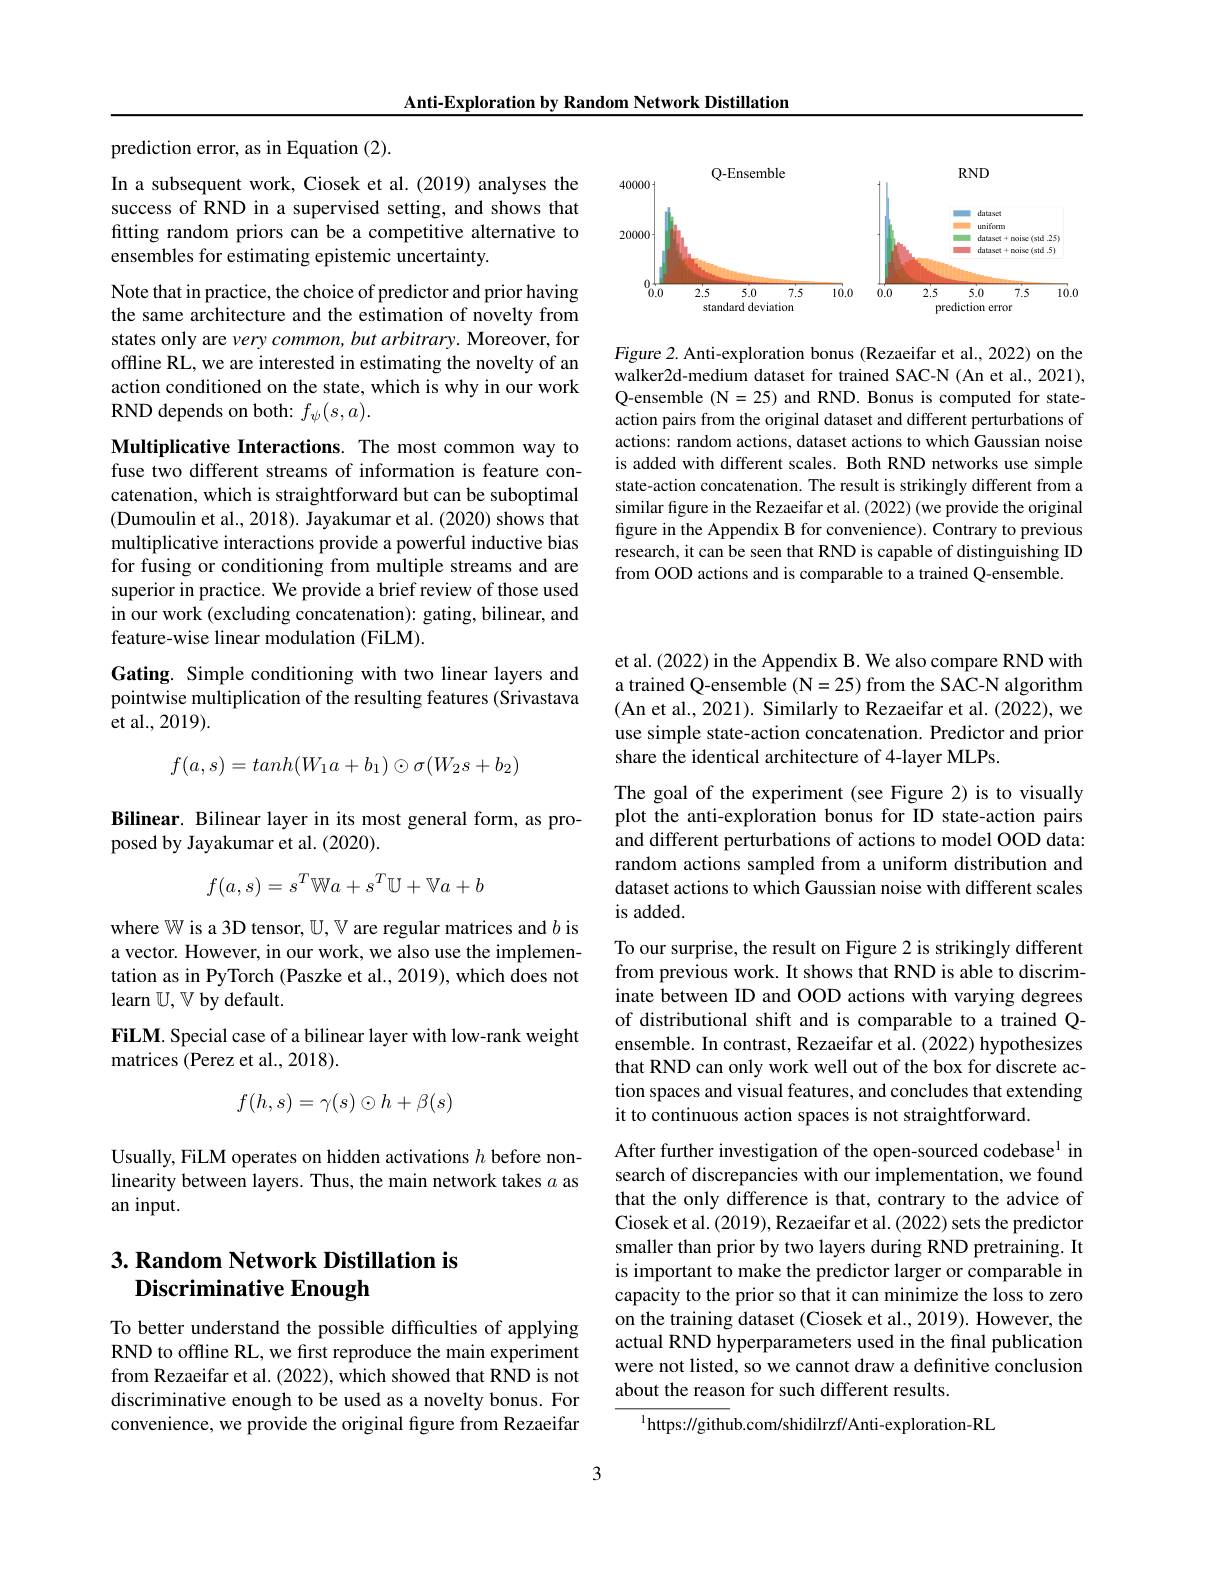
Anti-Exploration by Random Network Distillation

<FigureHere>

Figure 2. Anti-exploration bonus (Rezaeifar et al., 2022) on the walker2d-medium dataset for trained SAC-N (An et al., 2021), Q-ensemble (N=25) and RND. Bonus is computed for stateaction pairs from the original dataset and different perturbations of actions: random actions, dataset actions to which Gaussian noise is added with different scales. Both RND networks use simple state-action concatenation. The result is strikingly different from a similar figure in the Rezaeifar et al. (2022) (we provide the original figure in the Appendix B for convenience). Contrary to previous research, it can be seen that RND is capable of distinguishing ID from OOD actions and is comparable to a trained Q-ensemble.

prediction error, as in Equation (2).

In a subsequent work, Ciosek et al. (2019) analyses the success of RND in a supervised setting, and shows that fitting random priors can be a competitive alternative to ensembles for estimating epistemic uncertainty.

Note that in practice, the choice of predictor and prior having the same architecture and the estimation of novelty from states only are very common, but arbitrary. Moreover, for offline RL, we are interested in estimating the novelty of an action conditioned on the state, which is why in our work RND depends on both: $f_\psi(s,a).$

Multiplicative Interactions. The most common way to fuse two different streams of information is feature concatenation, which is straightforward but can be suboptimal (Dumoulin et al., 2018). Jayakumar et al. (2020) shows that multiplicative interactions provide a powerful inductive bias for fusing or conditioning from multiple streams and are superior in practice. We provide a brief review of those used in our work (excluding concatenation): gating, bilinear, and feature-wise linear modulation (FiLM).

## Gating. Simple conditioning with two linear layers and pointwise multiplication of the resulting features (Srivastava et al., 2019).
$$f(a,s)=tanh(W_1a+b_1)\odot\sigma(W_2s+b_2)$$
Bilinear. Bilinear layer in its most general form, as pro-
posed by Jayakumar et al. (2020).
$$f(a,s)=s^T\mathbb{W}a+s^T\mathbb{U}+\mathbb{V}a+b$$
where W is a 3D tensor, U, V are regular matrices and $b$ is a vector. However, in our work, we also use the implementation as in PyTorch (Paszke et al., 2019), which does not learn $\mathbb{U},\mathbb{V}$ by default.
FiLM. Special case of a bilinear layer with low-rank weight
matrices (Perez et al., 2018).
$$f(h,s)=\gamma(s)\odot h+\beta(s)$$
Usually, FiLM operates on hidden activations $h$ before nonlinearity between layers. Thus, the main network takes $a$ as an input.

## 3. Random Network Distillation is Discriminative Enough

To better understand the possible difficulties of applying RND to offline RL, we first reproduce the main experiment from Rezaeifar et al. (2022), which showed that RND is not discriminative enough to be used as a novelty bonus. For convenience, we provide the original figure from Rezaeifar

et al. (2022) in the Appendix B. We also compare RND with a trained Q-ensemble (N=25) from the SAC-N algorithm (An et al., 2021). Similarly to Rezaeifar et al. (2022), we use simple state-action concatenation. Predictor and prior share the identical architecture of 4-layer MLPs.

The goal of the experiment (see Figure 2) is to visually plot the anti-exploration bonus for ID state-action pairs and different perturbations of actions to model OOD data: random actions sampled from a uniform distribution and dataset actions to which Gaussian noise with different scales is added

To our surprise, the result on Figure 2 is strikingly different from previous work. It shows that RND is able to discriminate between ID and OOD actions with varying degrees of distributional shift and is comparable to a trained Qensemble. In contrast, Rezaeifar et al. (2022) hypothesizes that RND can only work well out of the box for discrete action spaces and visual features, and concludes that extending it to continuous action spaces is not straightforward.
After further investigation of the open-sourced codebase$^{1}$ in search of discrepancies with our implementation, we found that the only difference is that, contrary to the advice of Ciosek et al. (2019), Rezaeifar et al. (2022) sets the predictor smaller than prior by two layers during RND pretraining. It is important to make the predictor larger or comparable in

capacity to the prior so that it can minimize the loss to zero on the training dataset (Ciosek et al., 2019). However, the actual RND hyperparameters used in the final publication were not listed, so we cannot draw a definitive conclusion about the reason for such different results.

$^{1}$https://github.com/shidilrzf/Anti-exploration-RL

3